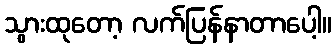
သွားထုတော့ လက်ပြန်နာတာပေါ့။